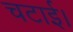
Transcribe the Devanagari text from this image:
चटाई।